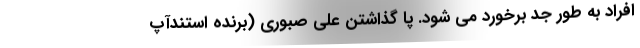
افراد به طور جد برخورد می شود. پا گذاشتن علی صبوری (برنده استندآپ